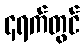
၄ရက်တွင်